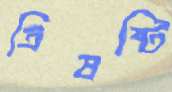
ত্রিষষ্টি